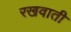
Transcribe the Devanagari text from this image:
रखवाती